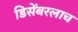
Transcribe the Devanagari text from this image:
डिसेंबरलाच